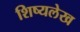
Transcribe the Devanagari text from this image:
शिष्यलेख